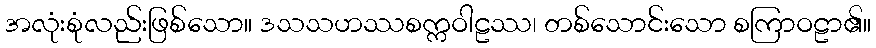
အလုံးစုံလည်းဖြစ်သော။ ဒသသဟဿစက္ကဝါဠဿ၊ တစ်သောင်းသော စကြာဝဠာ၏။